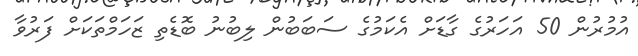
އުުމުރުން 50 އަހަރުގެ ގާޑަށް އެކަމުގެ ސަބަބުން ލިބުނު ބޮޑެތި ޒަހަމްތަކަށް ފަރުވާ